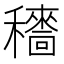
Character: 𥣱